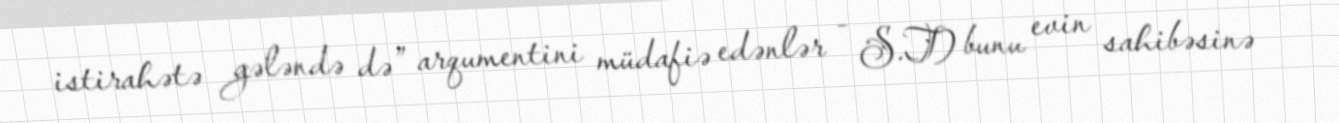
istirahətə gələndə də” arqumentini müdafiə edənlər - S.T) bunu evin sahibəsinə